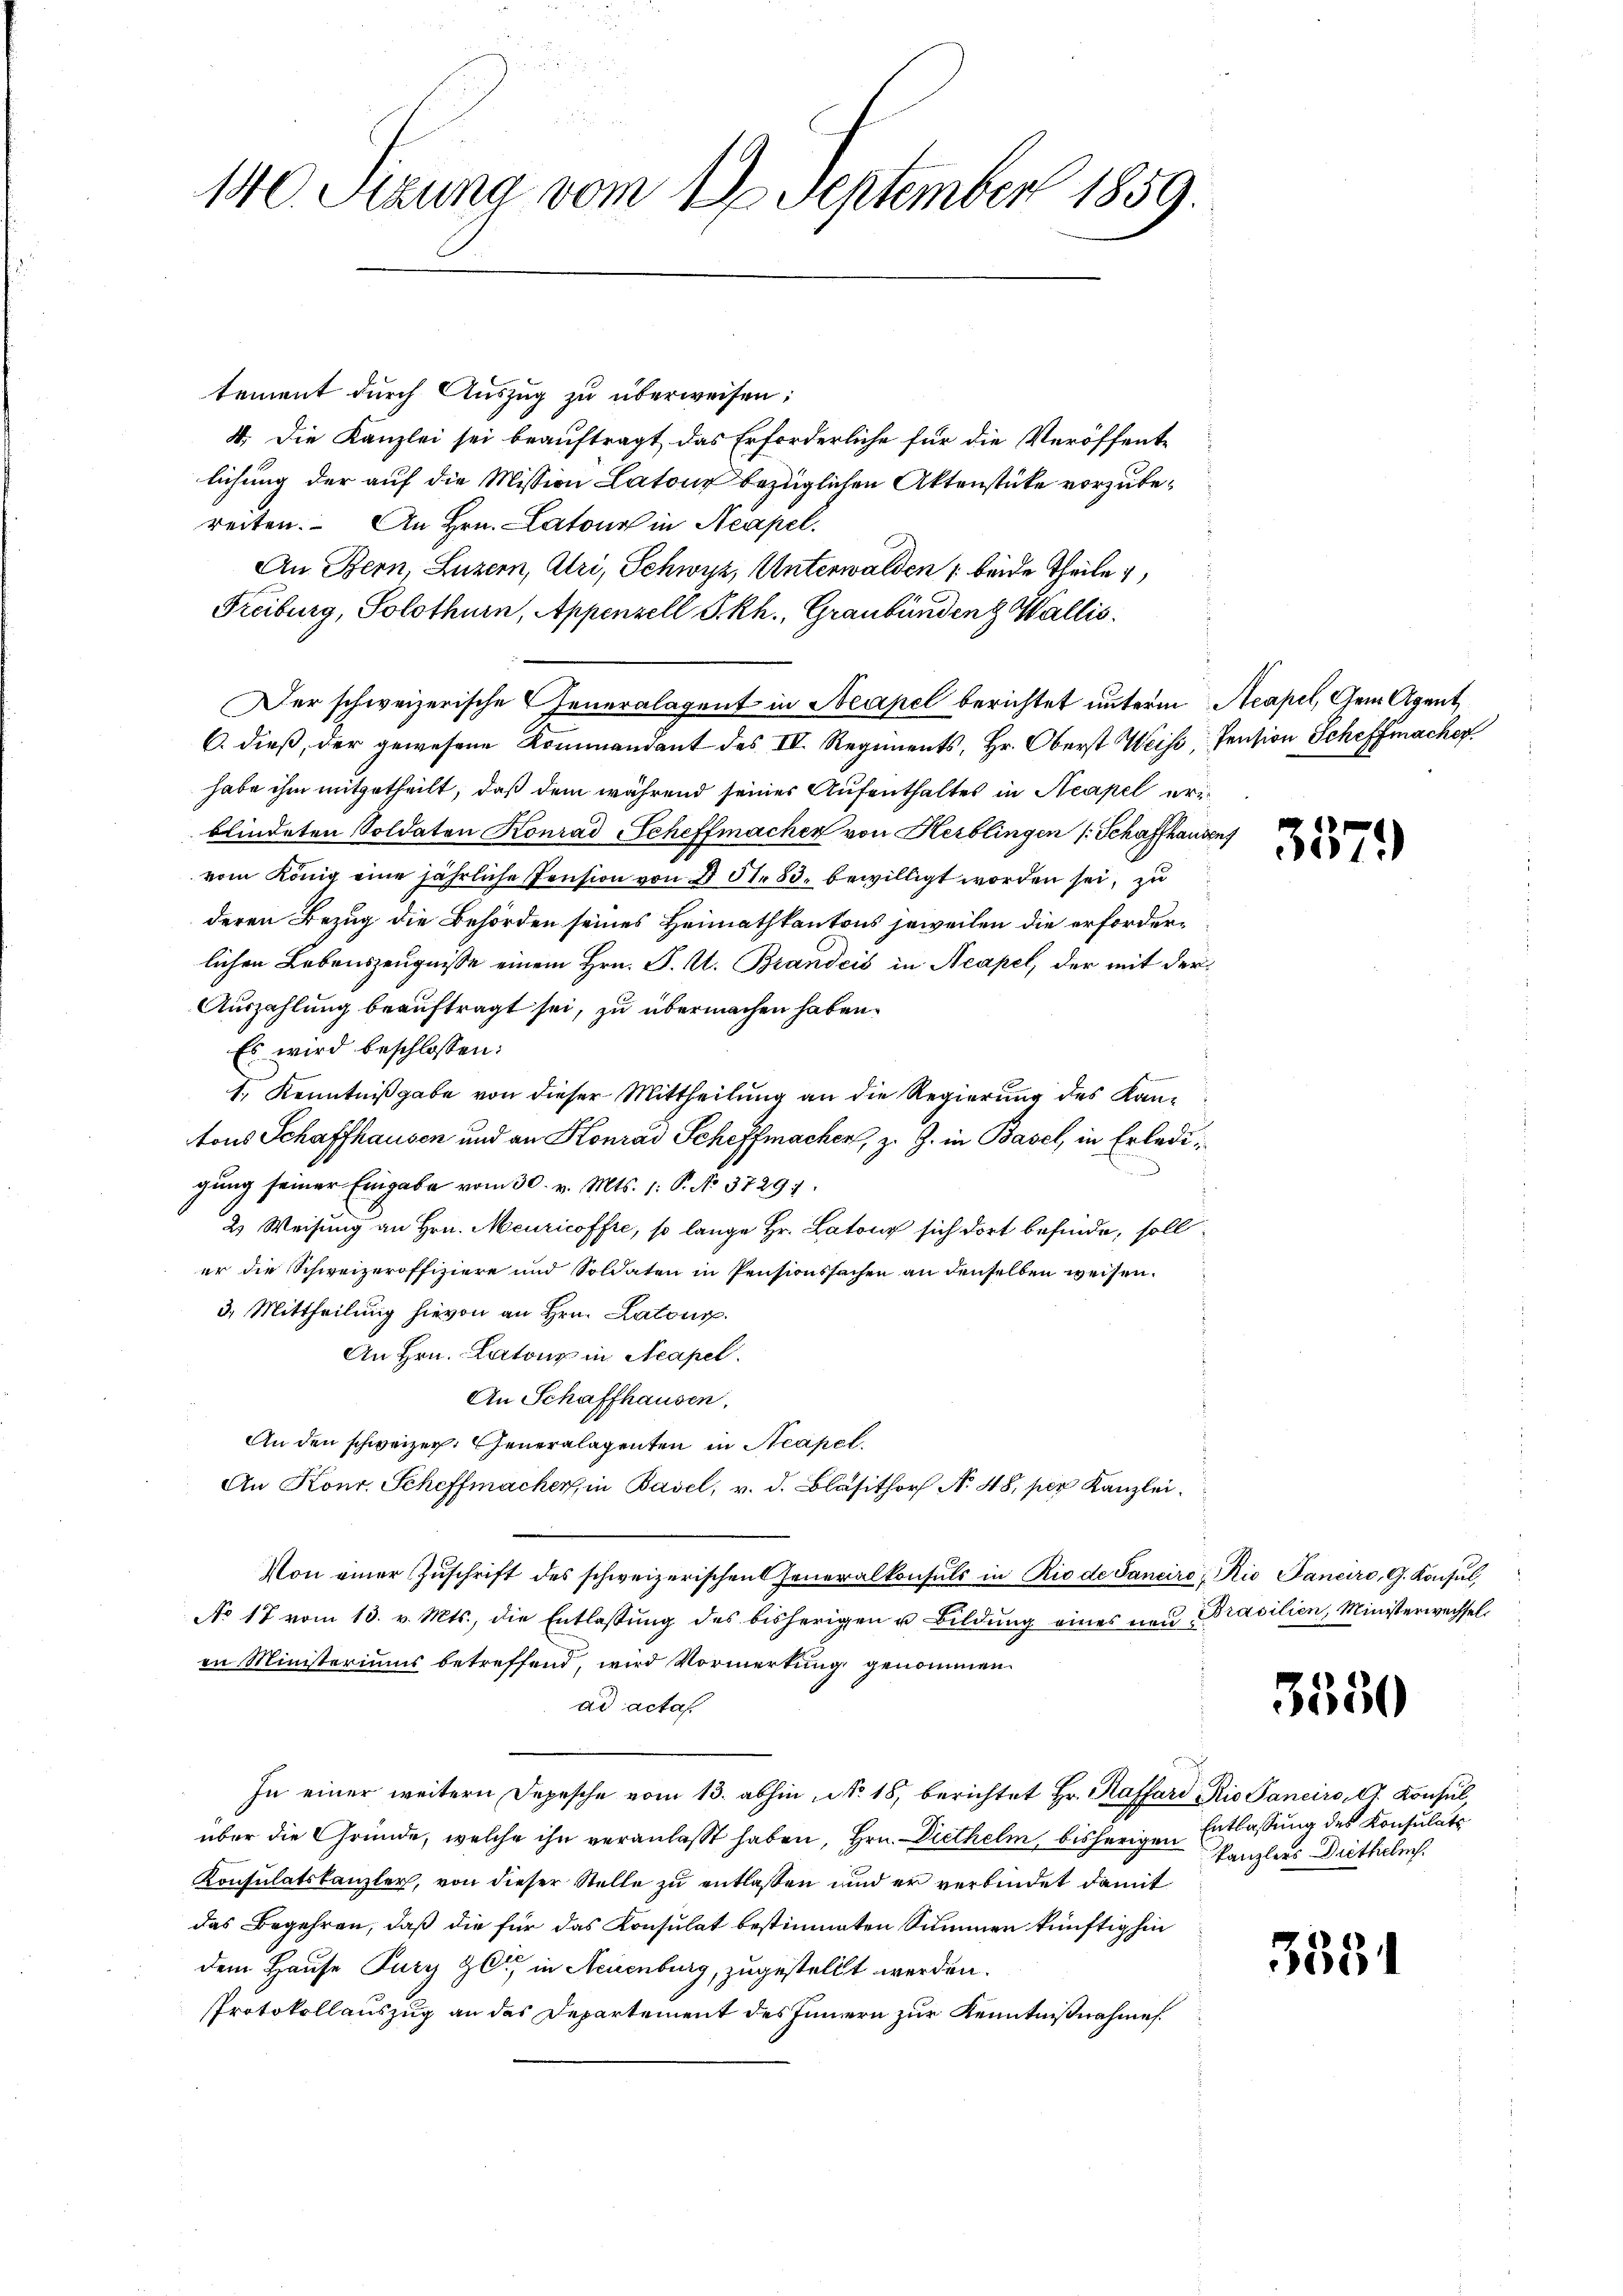
140. Sitzung vom 17. September 1859.

tement durch Auszug zu überweisen:
4. Die Kanzlei sei beauftragt, das Erforderliche für die Veröffente
lichung der auf die Mission Latone bezüglichen Aktenstücke vorzubereiten. An Hrn. Latone in Neapel.
An Bern, Luzern, Uri, Schwyz, Unterwalden ; beide Theile,
Freiburg, Solothurn, Appenzell Pkh., Graubündenz Wallis.
Der schweizerische Generalagent in Neapel berichtet unterm Neapel, Gem Agent
6. dieß, der gewesene Kommandant des IV. Regiments, Hr. Oberst Weise, Pension Schiffmacher
habe ihm mitgetheilt, daß dem während seines Aufenthaltes in Neapel erblindeten Soldaten Konrad Scheffmacher von Herblingen (Schaffhausen
vom König eine jährliche Pension von § 51. 83. bewilligt worden sei, zu
deren Bezug die Behörden seines Heimathkantons jeweilen die erforderlichen Lebenszeugnisse einem Hrn. P. M. Brandcis in Acapel, der mit der
Auszahlung beauftragt sei, zu übermachen haben.
Es wird beschlossen:
1., Kenntnißgabe von dieser Mittheilung an die Regierung des Kantons Schaffhausen und an Konrad Scheffmachen, z. Z. in Basel, in Erledigung seiner Eingabe vom 30. v. Mts. 1: P. No. 37291.
2) Weisung an Hrn. Meuricoffre, so lange Hr. Latour sich dort befinde, soll
er die Schweizeroffiziere und Soldaten in Pensionssachen an denselben weisen.
3. Mittheilung hievon an Hrn. Latony.
An Hrn. Latons in Neapel.
An Schaffhausen.
An den schweizer. Generalagenten in Neapel.
An Konr. Scheffmacher, in Basel, v. d. Blasithor No. 48, per Kanzlei.
Von einer Zuschrift des schweizerischen Generalkonsuls in Rio de Sanciro, Rio Saneiro, G. Konsul
No 17 vom 13. v. Mts., die Entlassŭng des bisherigen u. Bildung eines neŭ Brasilien, Ministerwechsel
in Ministeriums betreffend, wird Vormerkung genommen.
ad acta
In einer weitern Depesche vom 13. abhin, No 18, berichtet Hr. Kaffare Rio Panciro, 11. Konsul,
über die Gründe, welche ihn veranlaßt haben, Hrn. Diethelm, bisherigen Entlassung des Konsulats
Konsulatskanzler, von dieser Stelle zu entlaßen und er verbindet damit
das Begehren, daß die für das Konsulat bestimmten Summen künftighin
dem Hause Jury zu in Neuenburg, zugestellt werden.
Protokollauszug an das Departement des Innern zur Kenntnißnahmes.

35

)

3550

kanzlers Diethelich.

3391